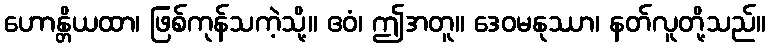
ဟောန္တိယထာ၊ ဖြစ်ကုန်သကဲ့သို့။ ဧဝံ၊ ဤအတူ။ ဒေဝမနုဿာ၊ နတ်လူတို့သည်။